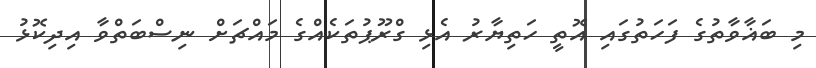
މި ބަޣާވާތުގެ ފަހަތުގައި އޮތީ ހަތިޔާރު އެޅި ގްރޫޕުތަކެއްގެ މައްޗަށް ނިސްބަތްވާ އިދިކޮޅު